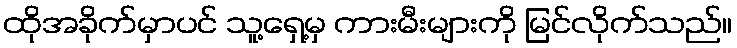
ထိုအခိုက်မှာပင် သူ့ရှေ့မှ ကားမီးများကို မြင်လိုက်သည်။